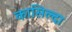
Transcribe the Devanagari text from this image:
कासिल्दा